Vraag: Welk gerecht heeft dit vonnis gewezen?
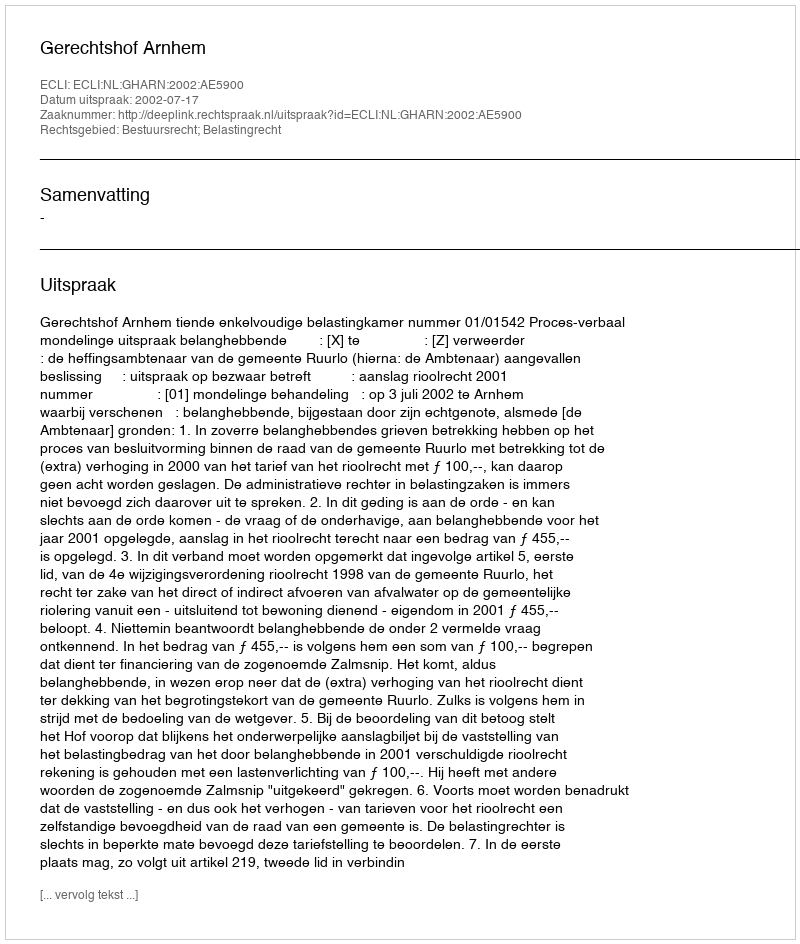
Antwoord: Gerechtshof Arnhem